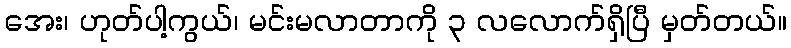
အေး၊ ဟုတ်ပါ့ကွယ်၊ မင်းမလာတာကို ၃ လလောက်ရှိပြီ မှတ်တယ်။